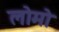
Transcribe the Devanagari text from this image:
लोमो